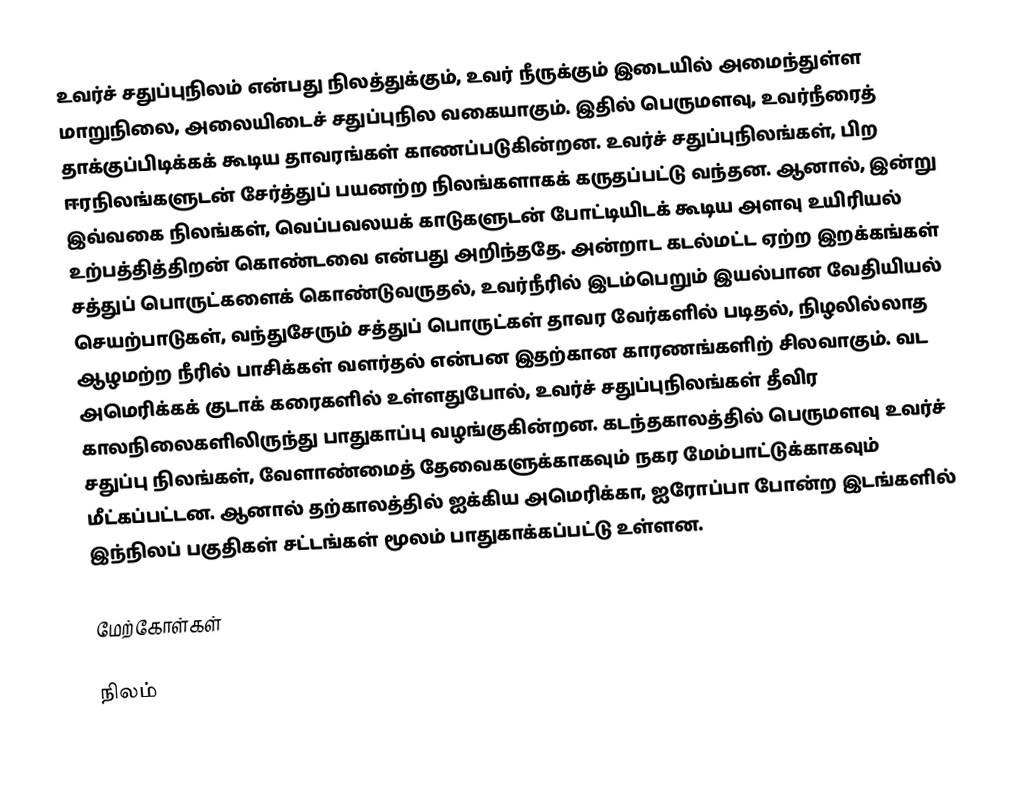
உவர்ச் சதுப்புநிலம் என்பது நிலத்துக்கும், உவர் நீருக்கும் இடையில் அமைந்துள்ள மாறுநிலை, அலையிடைச் சதுப்புநில வகையாகும். இதில் பெருமளவு, உவர்நீரைத் தாக்குப்பிடிக்கக் கூடிய தாவரங்கள் காணப்படுகின்றன. உவர்ச் சதுப்புநிலங்கள், பிற ஈரநிலங்களுடன் சேர்த்துப் பயனற்ற நிலங்களாகக் கருதப்பட்டு வந்தன. ஆனால், இன்று இவ்வகை நிலங்கள், வெப்பவலயக் காடுகளுடன் போட்டியிடக் கூடிய அளவு உயிரியல் உற்பத்தித்திறன் கொண்டவை என்பது அறிந்ததே. அன்றாட கடல்மட்ட ஏற்ற இறக்கங்கள் சத்துப் பொருட்களைக் கொண்டுவருதல், உவர்நீரில் இடம்பெறும் இயல்பான வேதியியல் செயற்பாடுகள், வந்துசேரும் சத்துப் பொருட்கள் தாவர வேர்களில் படிதல், நிழலில்லாத ஆழமற்ற நீரில் பாசிக்கள் வளர்தல் என்பன இதற்கான காரணங்களிற் சிலவாகும். வட அமெரிக்கக் குடாக் கரைகளில் உள்ளதுபோல், உவர்ச் சதுப்புநிலங்கள் தீவிர காலநிலைகளிலிருந்து பாதுகாப்பு வழங்குகின்றன. கடந்தகாலத்தில் பெருமளவு உவர்ச் சதுப்பு நிலங்கள், வேளாண்மைத் தேவைகளுக்காகவும் நகர மேம்பாட்டுக்காகவும் மீட்கப்பட்டன. ஆனால் தற்காலத்தில் ஐக்கிய அமெரிக்கா, ஐரோப்பா போன்ற இடங்களில் இந்நிலப் பகுதிகள் சட்டங்கள் மூலம் பாதுகாக்கப்பட்டு உள்ளன.

மேற்கோள்கள்

நிலம்